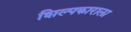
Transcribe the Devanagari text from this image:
शिल्पकाराला